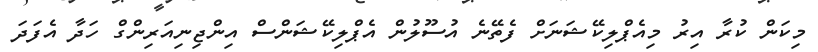
މިކަން ކުރާ އިރު މިއެޕްލިކޭޝަނަށް ފެތޭނެ އުސޫލުން އެޕްލިކޭޝަންސް އިންޖިނިއަރިންގް ހަދާ އެފަދަ